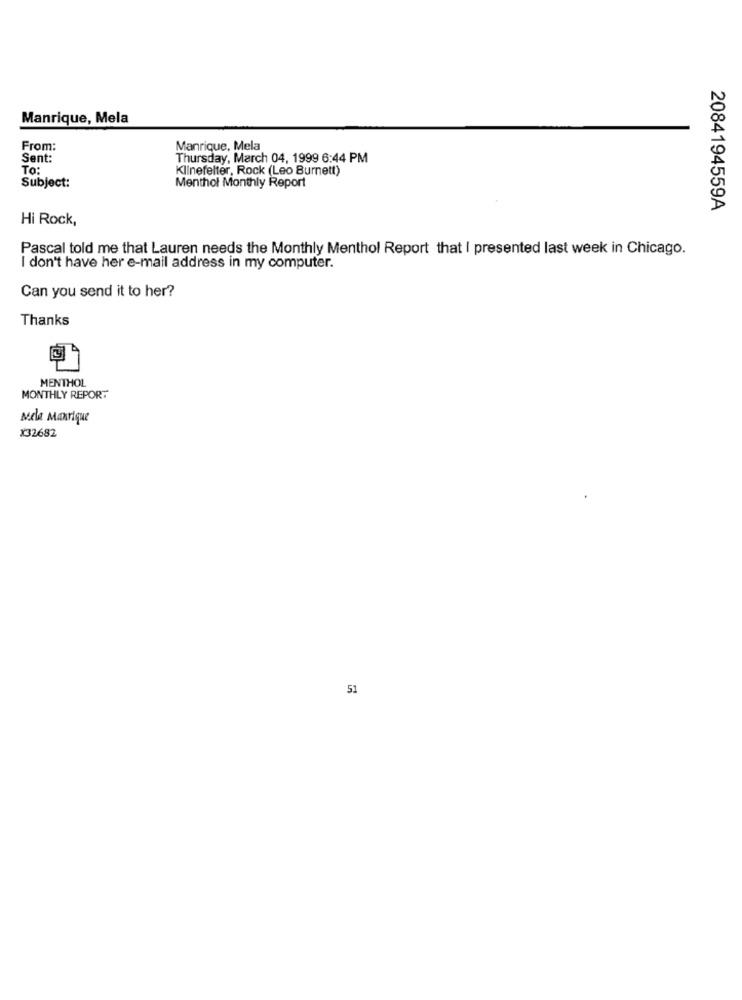
Manrique, Mela
From:
Manrique, Mela
Sent:
Thursday, March 04, 1999 6:44 PM
To:
Klinefelter, Rock (Leo Burnett)
Menthol Monthly Report
Subject:
2084194559A
Hi Rock,
Pascal told me that Lauren needs the Monthly Menthol Report that I presented last week in Chicago.
I don't have her e-mail address in my computer.
Can you send it to her?
Thanks
MENTHOL
MONTHLY REPORT
mele Manrique
X32682
51